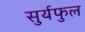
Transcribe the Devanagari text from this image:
सुर्यफुल